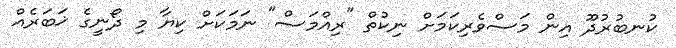
ކުނބުރުދޫ އިން މަސްވެރިކަމަށް ނިކުތް "ރިއްމަސް" ނަމަކަށް ކިޔާ މި ދޯނީގެ ޚަބަރެއް